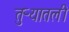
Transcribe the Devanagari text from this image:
तुऱ्यातली